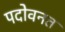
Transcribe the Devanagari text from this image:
पदोवनत